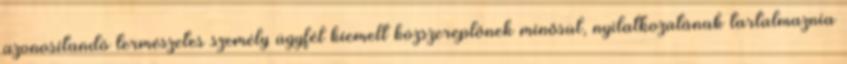
azonosítandó természetes személy ügyfél kiemelt közszereplőnek minősül, nyilatkozatának tartalmaznia